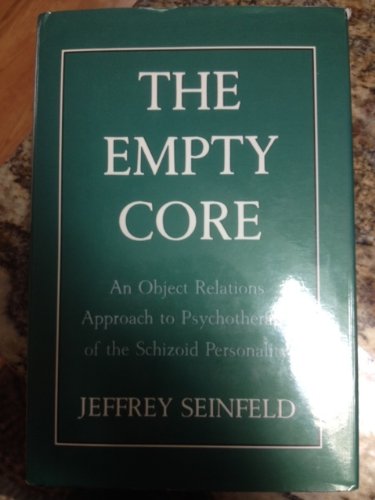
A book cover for The Empty Core: An Object Relations Approach to Psychotherapy of the Schizoid Personality; Jeffrey Seinfeld; Health, Fitness & Dieting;